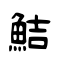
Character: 鮚